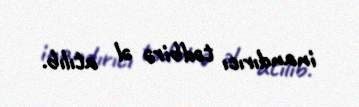
inandırıcı tədbirə əl atılıb.